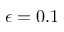
\epsilon = 0 . 1